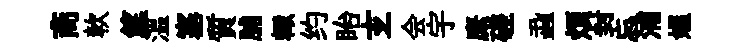
商軟筵溫塞質脯輙约眙𤣥会宇縻磋蝨煩封忘浦媪